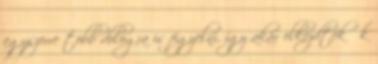
egyszerre több dologra is figyelni, így akár elkezdték ők